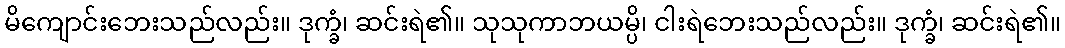
မိကျောင်းဘေးသည်လည်း။ ဒုက္ခံ၊ ဆင်းရဲ၏။ သုသုကာဘယမ္ပိ၊ ငါးရဲဘေးသည်လည်း။ ဒုက္ခံ၊ ဆင်းရဲ၏။